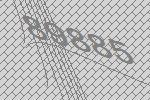
89885